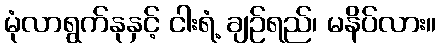
မုံလာရွက်နုနှင့် ငါးရံ့ ချဉ်ရည်၊ မနိပ်လား။